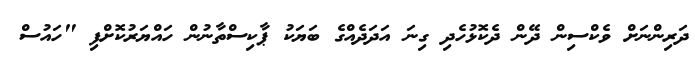
ދަރިންނަށް ވެކްސިން ދޭން ދެކޮޅުހެދި ގިނަ އަދަދެއްގެ ބަޔަކު ޕާކިސްތާނުން ހައްޔަރުކޮށްފި "ހައުސް